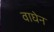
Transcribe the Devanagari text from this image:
वाघेन